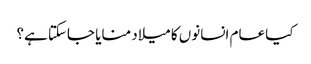
کیا عام انسانوں کا میلاد منایا جاسکتا ہے؟